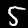
Digit: 5